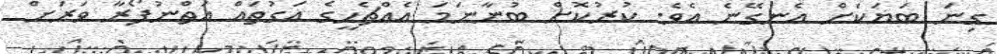
ގިނަ ބަޔަކަށް އެނގޭނެ އެވެ. ކުރުކޮށް ބުނާނަމަ އެއްޗެހީގެ އަގުތައް އަތްނުފޯރާ ވަރަށް